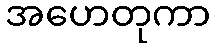
အဟေတုကာ